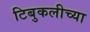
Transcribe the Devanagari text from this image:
टिबुकलीच्‍या